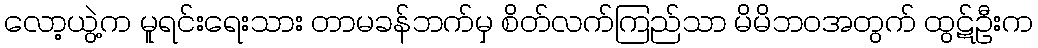
လော့ယွဲ့က မူရင်းရေးသား တာမခန်ဘက်မှ စိတ်လက်ကြည်သာ မိမိဘဝအတွက် ထွဋ်ဦးက